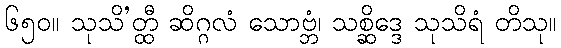
၆၅၀။ သုသိ’တ္ထီ ဆိဂ္ဂလံ သောဗ္ဘံ၊ သစ္ဆိဒ္ဒေ သုသိရံ တိသု။